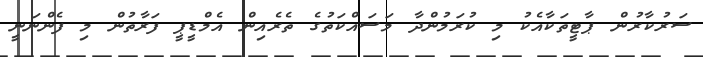
ސަރުކާރުން ޕާޓީތަކާއެކު މި ކުރަމުންދާ މަސައްކަތުގެ ތެރެއިން އެމްޑީޕީ ފަރާތުން މި ފެންނަނީ